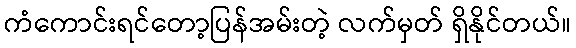
ကံကောင်းရင်တော့ပြန်အမ်းတဲ့ လက်မှတ် ရှိနိုင်တယ်။